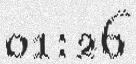
01:26